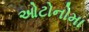
ઓટોનોમા